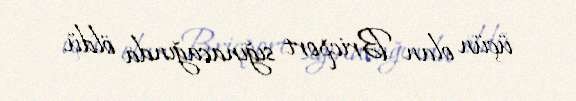
üçün olan Bricport sığınacağında öldü.